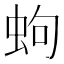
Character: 蚼